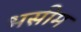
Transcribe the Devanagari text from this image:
भसीम